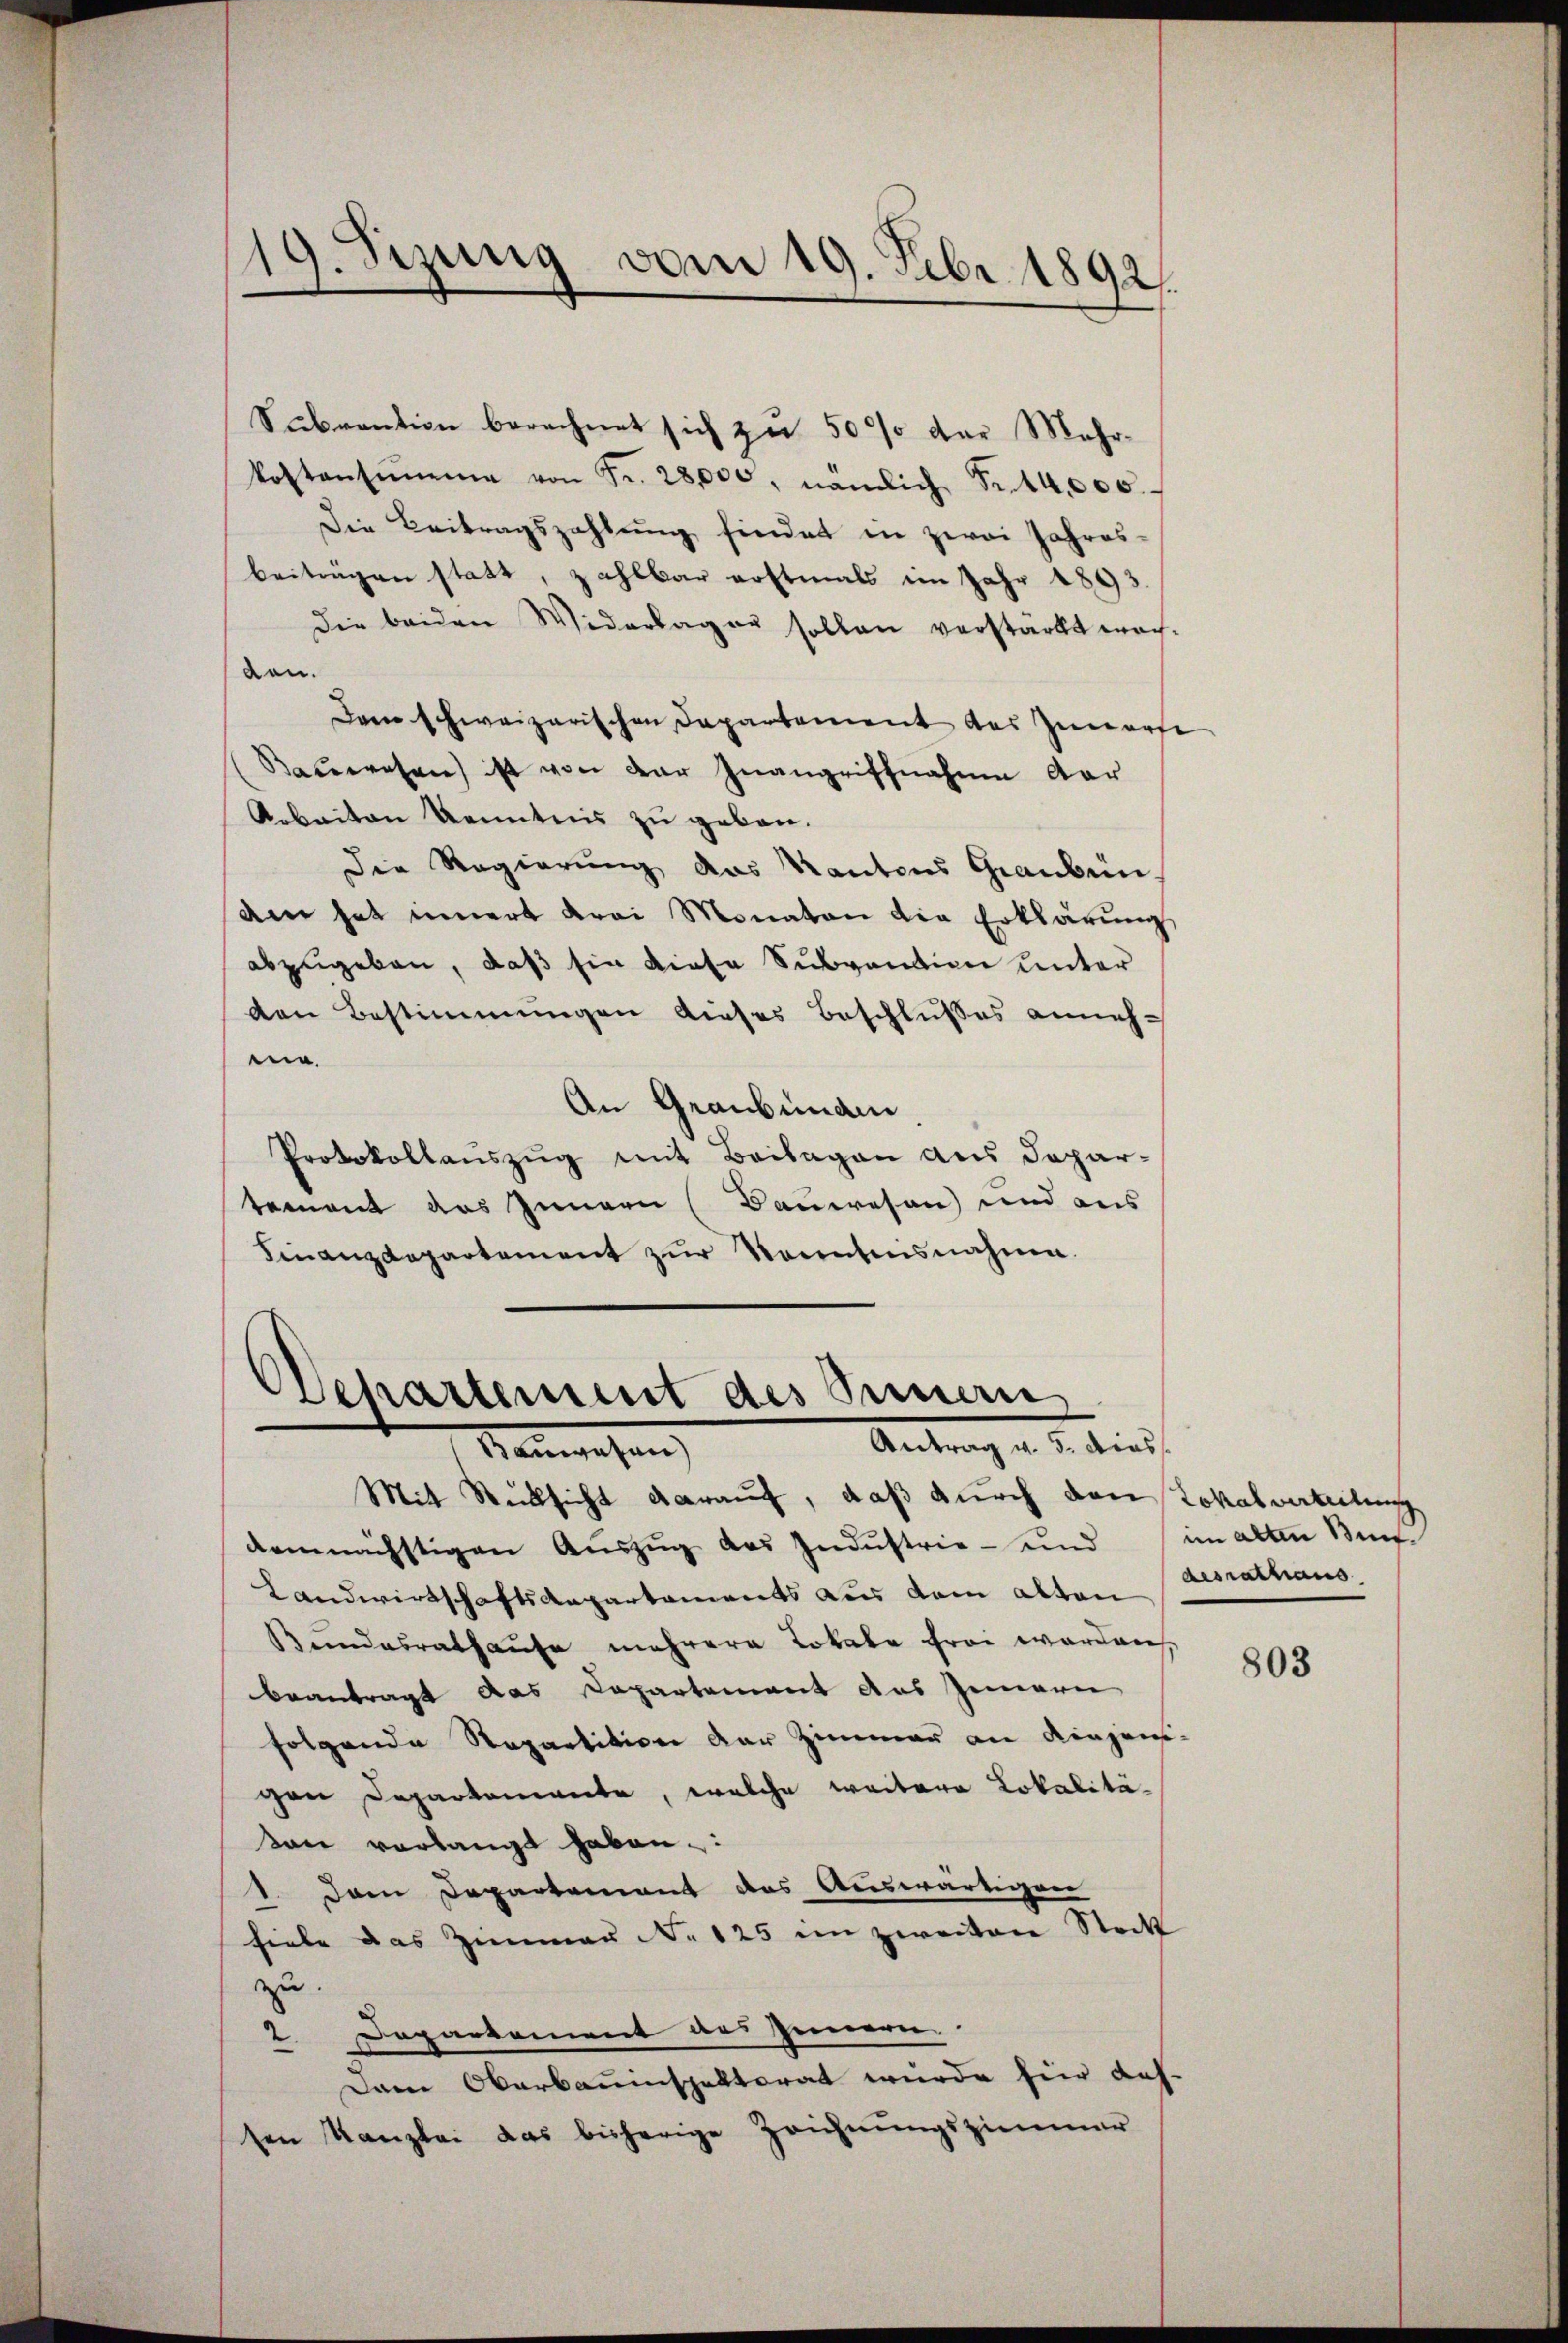
Subvention berechnet sich zu 50 % der Mehrkostensumme von Fr. 28,000, nämlich Fr. 14,000.
Die Beitragszahlung findet in zwei Jahres-
beiträgen statt, zahlbar erstmals im Jahr 1893.
die beiden Widerlager sollen verstarkt wach-
den.
Der schweizerischen Departement des Zuwarte
Bauwesen ist von der Inangriffnahme dar
Arbeiten Kenntnis zu geben.
Die Regierung das Kantons Graubünam hat innert drei Monaten die Erklärung
abzugeben, daß sie diese Subvention unter
den Bestimmungen dieses Beschlußes anneh-
m
An Graubenann
Protokollauszug mit Beilagen aus Depar-
tement das Innern (Bauwesen und aus
Finanzdepartement zŭr Sonntensnahme.

1
sizung vom 19. Febr. 1892.

Oehartement des Sinnern.
Antrag v. 5. dies
Kanwesen,

Mit Rücksicht darauf, daß durch den Lokalverteilung
demnächstigen Aŭszŭg des Indŭstrie- und
Landwirtschaftsaepartaments aus dem alten
Bundesrathause mehrere Lokale frei werden
beantragt das Dapartement aus Innern
folgende Repartition der Zimmer an Ringens-
gen Departemente, welche weitere Lokalitädan verlangt haben.
1. Dem Departement das Auswärtigen
fiele das Zimmer No 125 in zweitere Stock
zu.
Departement des Innern.
2
Dem Oberbauinspektorat wurde hier Leh-
sen Kanzlei das bisherige Zeichnŭngszimmer

im alten Bundesrathaus

803